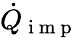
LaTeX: \dot{Q}_{\mathrm{~i~m~p~}}